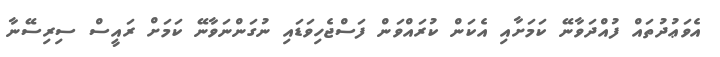
އެވަޢުދުތައް ފުއްދަވާނޭ ކަމަށާއި އެކަން ކުރައްވަން ފަސްޖެހިވަޑައި ނުގަންނަވާނޭ ކަމަށް ރައީސް ސިރިސޭނާ